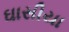
ઘાસીયા